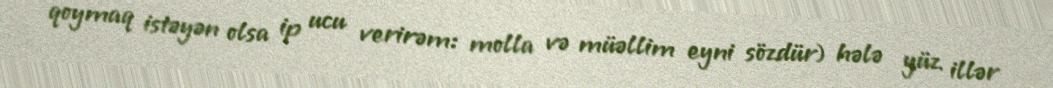
qoymaq istəyən olsa ip ucu verirəm: molla və müəllim eyni sözdür) hələ yüz illər